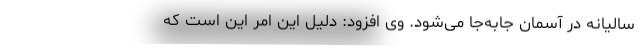
سالیانه در آسمان جابه‌جا می‌شود. وی افزود: دلیل این امر این است که